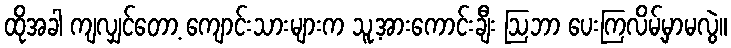
ထိုအခါ ကျလျှင်တော့ ကျောင်းသားများက သူ့အားကောင်းချီး ဩဘာ ပေးကြလိမ့်မှာမလွဲ။